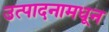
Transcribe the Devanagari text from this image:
उत्पादनामधून